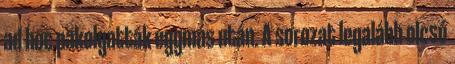
ad hoc pakolgatták egymás után. A sorozat legalább olcsó